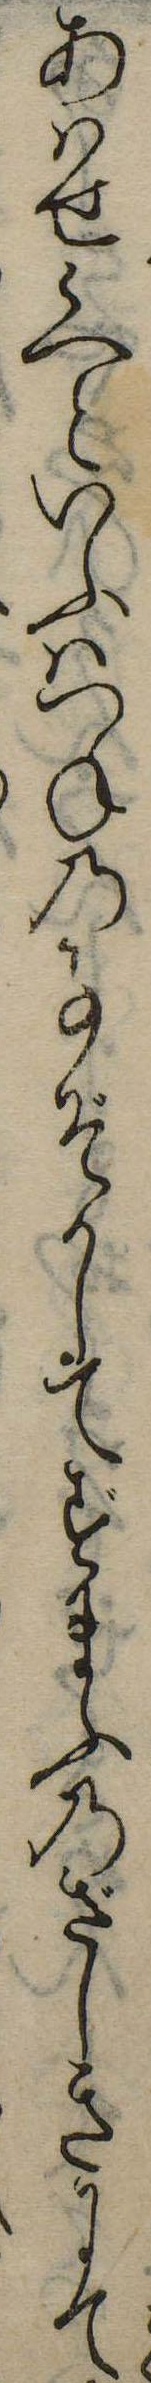
あはせ候へといふはつねの事ぞかしてずまふのざしきにて